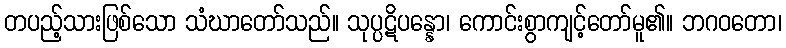
တပည့်သားဖြစ်သော သံဃာတော်သည်။ သုပ္ပဋိပန္နော၊ ကောင်းစွာကျင့်တော်မူ၏။ ဘဂဝတော၊